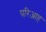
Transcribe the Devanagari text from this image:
परिआह